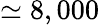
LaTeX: \simeq 8,000